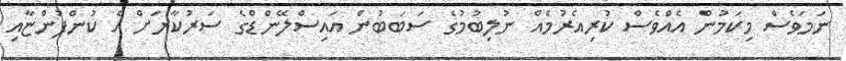
ނަމަވެސް މިކަމުން އެއްވެސް ކުރިއެރުމެއް ނުލިބުމުގެ ސަބަބުން އައިސްލޭންޑްގެ ސަރުކާރަށް އެ ކުންފުންޏާއި